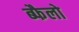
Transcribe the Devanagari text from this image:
ब्फैलो